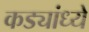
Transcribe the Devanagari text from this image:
कड्यांध्ये